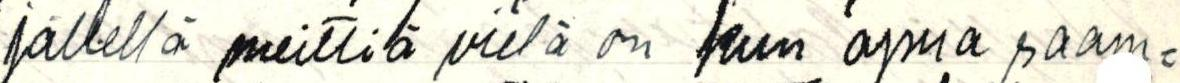
jällellä meittiä vielä on kun apua saam=